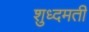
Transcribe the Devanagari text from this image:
शुध्दमती